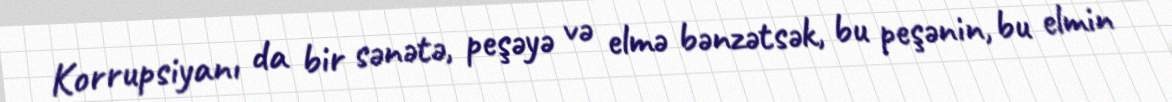
Korrupsiyanı da bir sənətə, peşəyə və elmə bənzətsək, bu peşənin, bu elmin